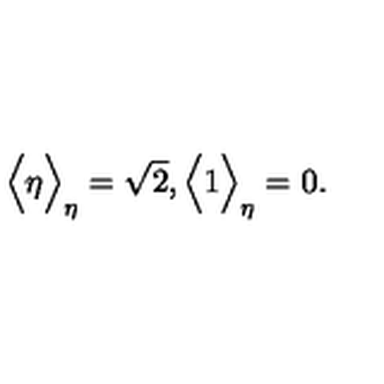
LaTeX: \Big \langle \eta \Big \rangle _ { \eta } = \sqrt { 2 } , \Big \langle 1 \Big \rangle _ { \eta } = 0 .